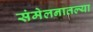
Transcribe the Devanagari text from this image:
संमेलनातल्या